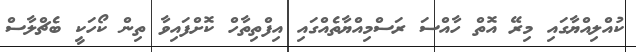
ކުއްލިއްޔާގައި މިރޭ އޮތް ހާއްސަ ރަސްމިއްޔާތެއްގައި އިފްތިތާހް ކޮށްފައިވާ ތިން ކޯހަކީ ބެޗްލާސް